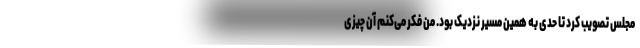
مجلس تصویب کرد تا حدی به همین مسیر نزدیک بود. من فکر می‌کنم آن چیزی